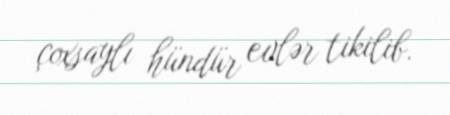
çoxsaylı hündür evlər tikilib.